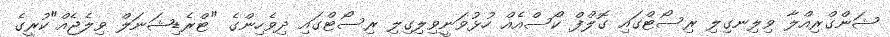
ޝަންގްރިއްލާ ވިލިނގިލި ރިސޯޓްގައި ގޮލްފް ކޯސްއެއް ހުޅުވަނީވިލިގިލި ރިސޯޓްގައި ދިވެހިންގެ "ޓްރެޑިޝަނަލް ވިލެޖެއް"ކުރީގެ